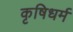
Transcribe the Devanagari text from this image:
कृषिधर्म